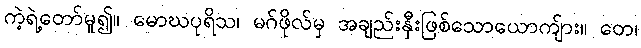
ကဲ့ရဲ့တော်မူ၍။ မောဃပုရိသ၊ မဂ်ဖိုလ်မှ အချည်းနှီးဖြစ်သောယောကျ်ား။ တေ၊